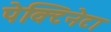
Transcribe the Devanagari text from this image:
पेक्टिनेटा